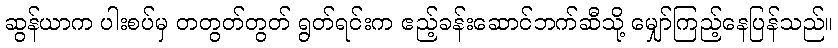
ဆွန်ယာက ပါးစပ်မှ တတွတ်တွတ် ရွတ်ရင်းက ဧည့်ခန်းဆောင်ဘက်ဆီသို့ မျှော်ကြည့်နေပြန်သည်။